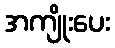
အကျိုးပေး